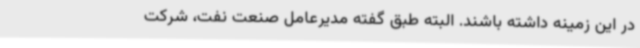
در این زمینه داشته باشند. البته طبق گفته مدیرعامل صنعت نفت، شرکت